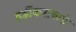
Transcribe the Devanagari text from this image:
हर्डीकरांकडे